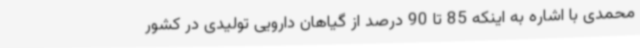
محمدی با اشاره به اینکه 85 تا 90 درصد از گیاهان دارویی تولیدی در کشور